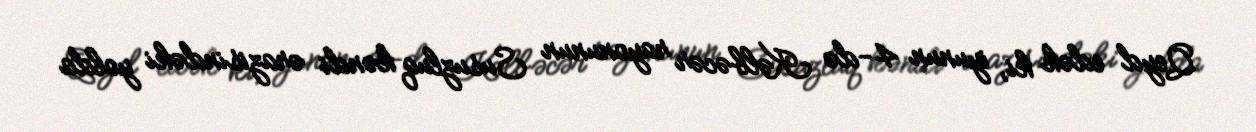
Qeyd edək ki, iyunun 4-də Kəlbəcər rayonunun Susuzluq kəndi ərazisindəki yolda